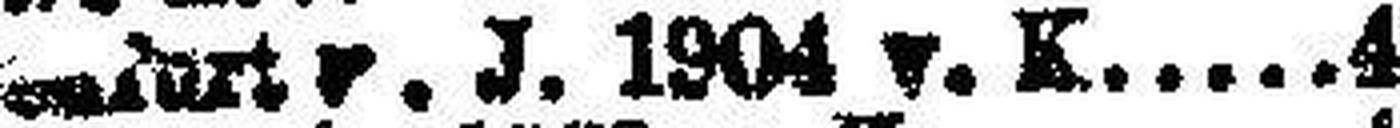
Klageakurt v. J. 1904 v. K. 4